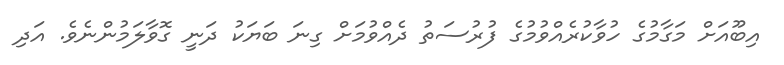
އިބޫއަށް މަގާމުގެ ހުވާކުރެއްވުމުގެ ފުރުސަތު ދެއްވުމަށް ގިނަ ބަޔަކު ދަނީ ގޮވާލަމުންނެވެ. އަދި